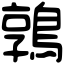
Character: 鶉